Indian journal of veterinary science and animal husbandry - Volumes 15-17, 1948-1951
Year: 1948
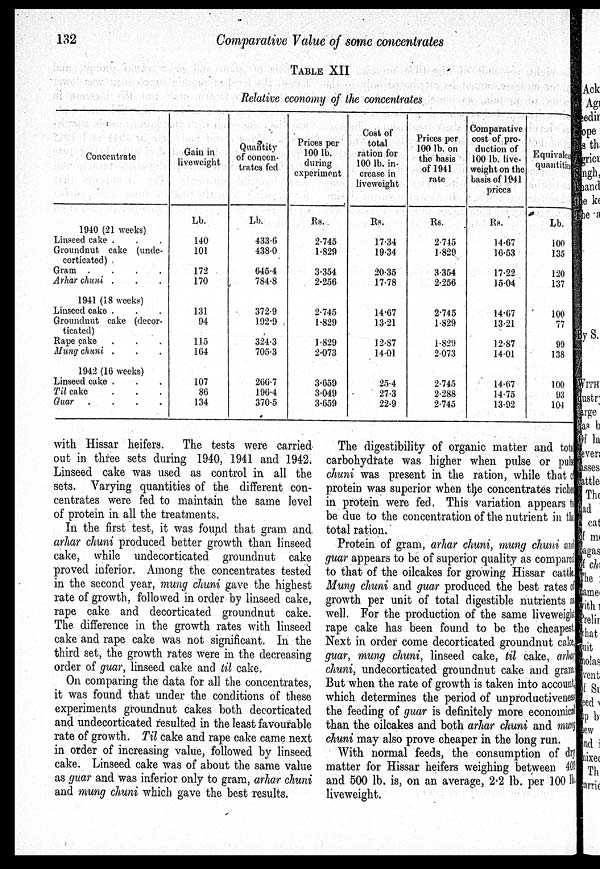
132
Comparative Value of some concentrates
TABLE XII
Relative economy of the concentrates
Concentrate
1940 (21 weeks)
Linseed cake . . .
Groundnut cake (undo-
corticated)
Gram .
.
.
.
Arhar chuni . . .
1941 (18 weeks)
Linseed cake . . .
Groundnut cake (decor-
ticated)
Rape cake . . .
Mung chuni . . .
1942 (16 weeks)
Linseed cake . . .
Til cake . . .
Guar .
.
.
.
Gain in
liveweight
Lb.
140
101
172
170
131
94
115
164
107
86
134
Quantity
of concen-
trates fed
Lb.
433.6
438.0
645.4
784.8
372.9
192.9
324.3
705.3
266.7
196.4
370.5
Prices per
100 lb.
during
experiment
Rs.
2.745
1.829
3.354
2.256
2.745
1.829
1.829
2.073
3.659
3.049
3.659
Cost of
total
ration for
100 lb. in-
crease in
liveweight
Rs.
17.34
19.34
20.35
17.78
14.67
13.21
12.87
14.01
25.4
27.3
22.9
Prices per
100 lb. on
the basis
of 1941
rate
Rs.
2.745
1.829
3.354
2.256
2.745
1.829
1.829
2.073
2.745
2.288
2.745
Comparative
cost of pro-
duction of
100 lb. live-
weight on the
basis of 1941
prices
Rs.
14.67
16.53
17.22
15.04
14.67
13.21
12.87
14.01
14.67
14.75
13.92
Equivalent
quantities
Lb.
100
135
120
137
100
77
99
138
100
93
104
with Hissar heifers. The tests were carried
out in three sets during 1940, 1941 and 1942.
Linseed cake was used as control in all the
sets. Varying quantities of the different con-
centrates were fed to maintain the same level
of protein in all the treatments.
In the first test, it was found that gram and
arhar chuni produced better growth than linseed
cake, while undecorticated groundnut cake
proved inferior. Among the concentrates tested
in the second year, mung chuni gave the highest
rate of growth, followed in order by linseed cake,
rape cake and decorticated groundnut cake.
The difference in the growth rates with linseed
cake and rape cake was not significant. In the
third set, the growth rates were in the decreasing
order of guar, linseed cake and til cake.
On comparing the data for all the concentrates,
it was found that under the conditions of these
experiments groundnut cakes both decorticated
and undecorticated resulted in the least favourable
rate of growth. Til cake and rape cake came next
in order of increasing value, followed by linseed
cake. Linseed cake was of about the same value
as guar and was inferior only to gram, arhar chuni
and mung chuni which gave the best results.
The digestibility of organic matter and total
carbohydrate was higher when pulse or pulse
chuni was present in the ration, while that of
protein was superior when the concentrates richer
in protein were fed. This variation appears t o
be due to the concentration of the nutrient in t he
total ration.
Protein of gram, arhar chuni, mung chuni and
guar appears to be of superior quality as compared
to that of the oilcakes for growing Hissar cattle.
Mung chuni and guar produced the best rates of
growth per unit of total digestible nutrients as
well. For the production of the same liveweight
rape cake has been found to be the cheapest.
Next in order come decorticated groundnut cake,
guar, mung chuni, linseed cake, til cake, arhar
chuni, undecorticated groundnut cake and gram.
But when the rate of growth is taken into account,
which determines the period of unproductiveness
the feeding of guar is definitely more economical
than the oilcakes and both arhar chuni and mung
chuni may also prove cheaper in the long run.
With normal feeds, the consumption of dry
matter for Hissar heifers weighing between 400
and 500 lb. is, on an average, 2.2 lb. per 100 lb.
liveweight.